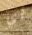
أي